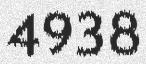
4938